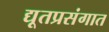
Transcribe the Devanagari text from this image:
द्यूतप्रसंगात